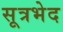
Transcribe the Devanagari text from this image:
सूत्रभेद